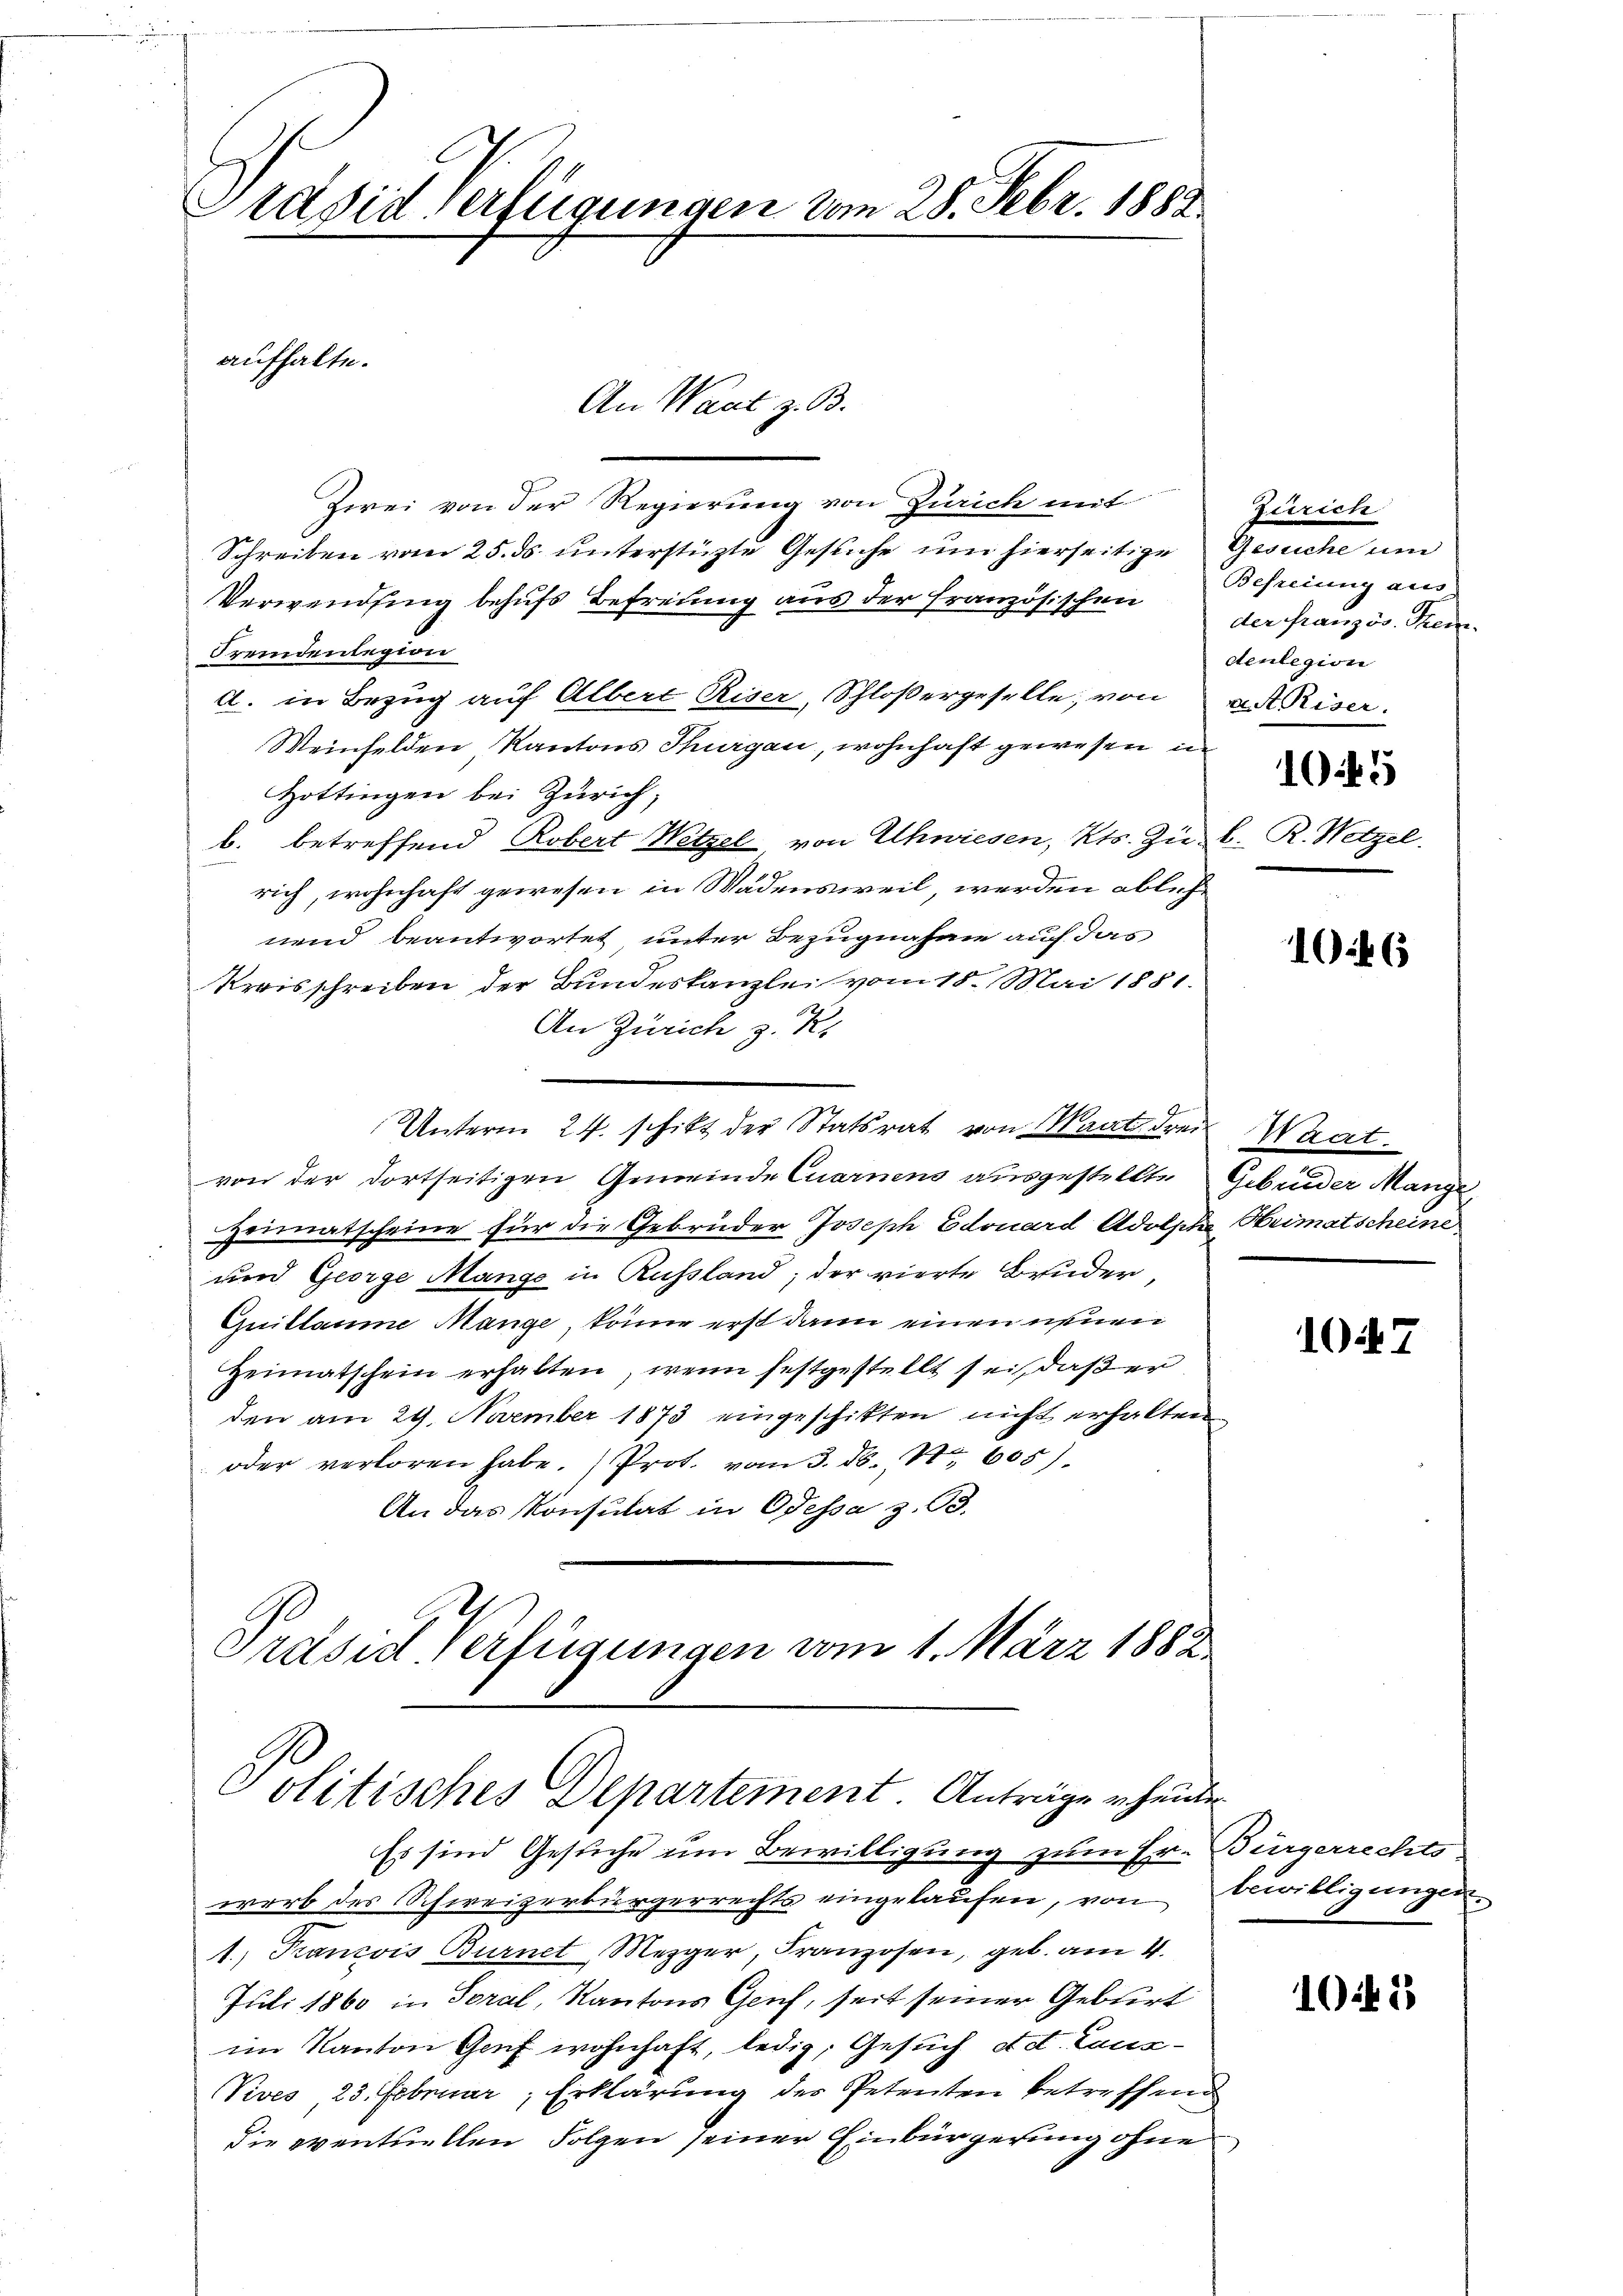
Präsiderfügungen vom 28. Febr. 1888

Zwei von der Regierung von Zürich mit
Schreiben vom 25. ds. unterstüzte Gesuche um hierseitige Gesuche und
Verwendung behufs Befreiung aus der französischen der französ. Stein
Fremdenlegion
d. in Bezug auf Albert Riser, Schloßergeselle; von an Riser
Weinfelden Kantons Thurgau, wohnhaft gewesen in
Hottingen bei Zürich,
b. betreffend Robert Wetzel von Uhwiesen, Kts. Zu l. R. Wetzel
rich, wohnhaft gewesen in Wädensweil, werden ablehnend beantwortet unter Bezugnahme auch das
Kreisschreiben der Bundeskanzlei vom 18. Mai 1881.
An Zürich z. K.
Unterm 24. schitt der Statsrat von Waat drei Waat.
von der dortseitigen Gemeinde Quarnens ausgestellte Gebrüder Mange,
Heimatscheine für die Gebrüder Joseph Edouard Adolph Heimatscheine
und George Mange in Russland; der vierte Bruder,
Quillaume Mange, könne erst dann einen neuen
Heimatschein erhalten, wenn festgestellt sei, daßer
den am 29. November 1873 eingeschitten nicht erhalten
oder verloren habe.) Prot. vom 3. d. 4te 605)
An das Konsulat in Odessa z. O.

aufhalte.

An Wart z. B.

Ordsid Verfügungen vom 1. März 1882
Politisches Departement. Anträge erheite

Zürich
Befreiung aus
denlegion
1045

Es sind Gesuche um Bewilligung zum Er- Bürgerrechts
werb des Schweizerbürgerrechts eingelaufen, von Bewilligungen
1.) Francois Burnet, Mezger, Franzosen, geb. am 4.
Juli 1860 in Soral, Kantons Genf, seit seiner Geburt
im Kanton Genf wohnhaft, ledig, Gesuch Ad. Laus¬
Vives 23. Februar, Erklärung des Petenten betreffend
die eventuellen Folgen seiner Einbürgerung ohne

106

107

10.45